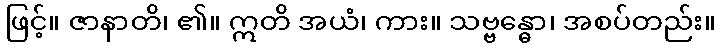
ဖြင့်။ ဇာနာတိ၊ ၏။ ဣတိ အယံ၊ ကား။ သဗ္ဗန္ဓော၊ အစပ်တည်း။